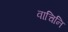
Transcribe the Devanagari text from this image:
वाचिनि